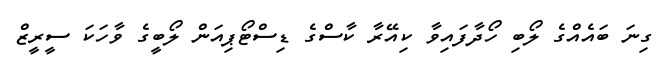
ގިނަ ބައެއްގެ ލޯބި ހޯދާފައިވާ ކިއޭރާ ކާސްގެ ޑިސްޓޯޕިއަން ލޯބީގެ ވާހަކަ ސީރީޒް